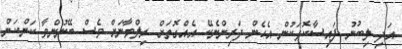
އަދި ލިބުނު ފައިސާކޮޅަކުން އެހެން ދަރިންނެކޭ އެއްގޮތަށް ރިލްވާނަށް ވެސް ބޭނުންވާ ކަންކަން